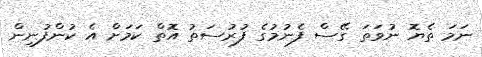
ނަމަ ތެޔޮ ނުވަތަ ގޭސް ފެނުމުގެ ފުރުސަތު އޮތް ކަމަށް އެ ކުންފުނިން